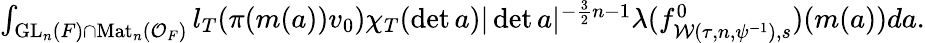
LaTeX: \begin{array}{r}{\int_{\mathrm{GL}_{n}(F)\cap\mathrm{Mat}_{n}(\mathcal{O}_{F})}l_{T}(\pi(m(a))v_{0})\chi_{T}(\operatorname*{det}a)|\operatorname*{det}a|^{-\frac{3}{2}n-1}\lambda(f_{\mathcal{W}(\tau,n,\psi^{-1}),s}^{0})(m(a))da.}\end{array}